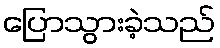
ပြောသွားခဲ့သည်